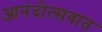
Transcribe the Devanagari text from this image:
आनंदोत्सवात